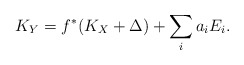
\begin{align*}K_Y=f^*(K_X+\Delta)+\sum _i a_i E_i. \end{align*}